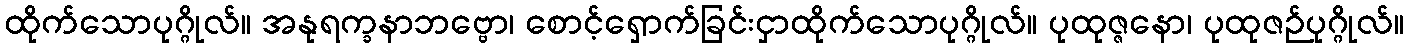
ထိုက်သောပုဂ္ဂိုလ်။ အနုရက္ခနာဘဗ္ဗော၊ စောင့်ရှောက်ခြင်းငှာထိုက်သောပုဂ္ဂိုလ်။ ပုထုဇ္ဇနော၊ ပုထုဇဉ်ပုဂ္ဂိုလ်။